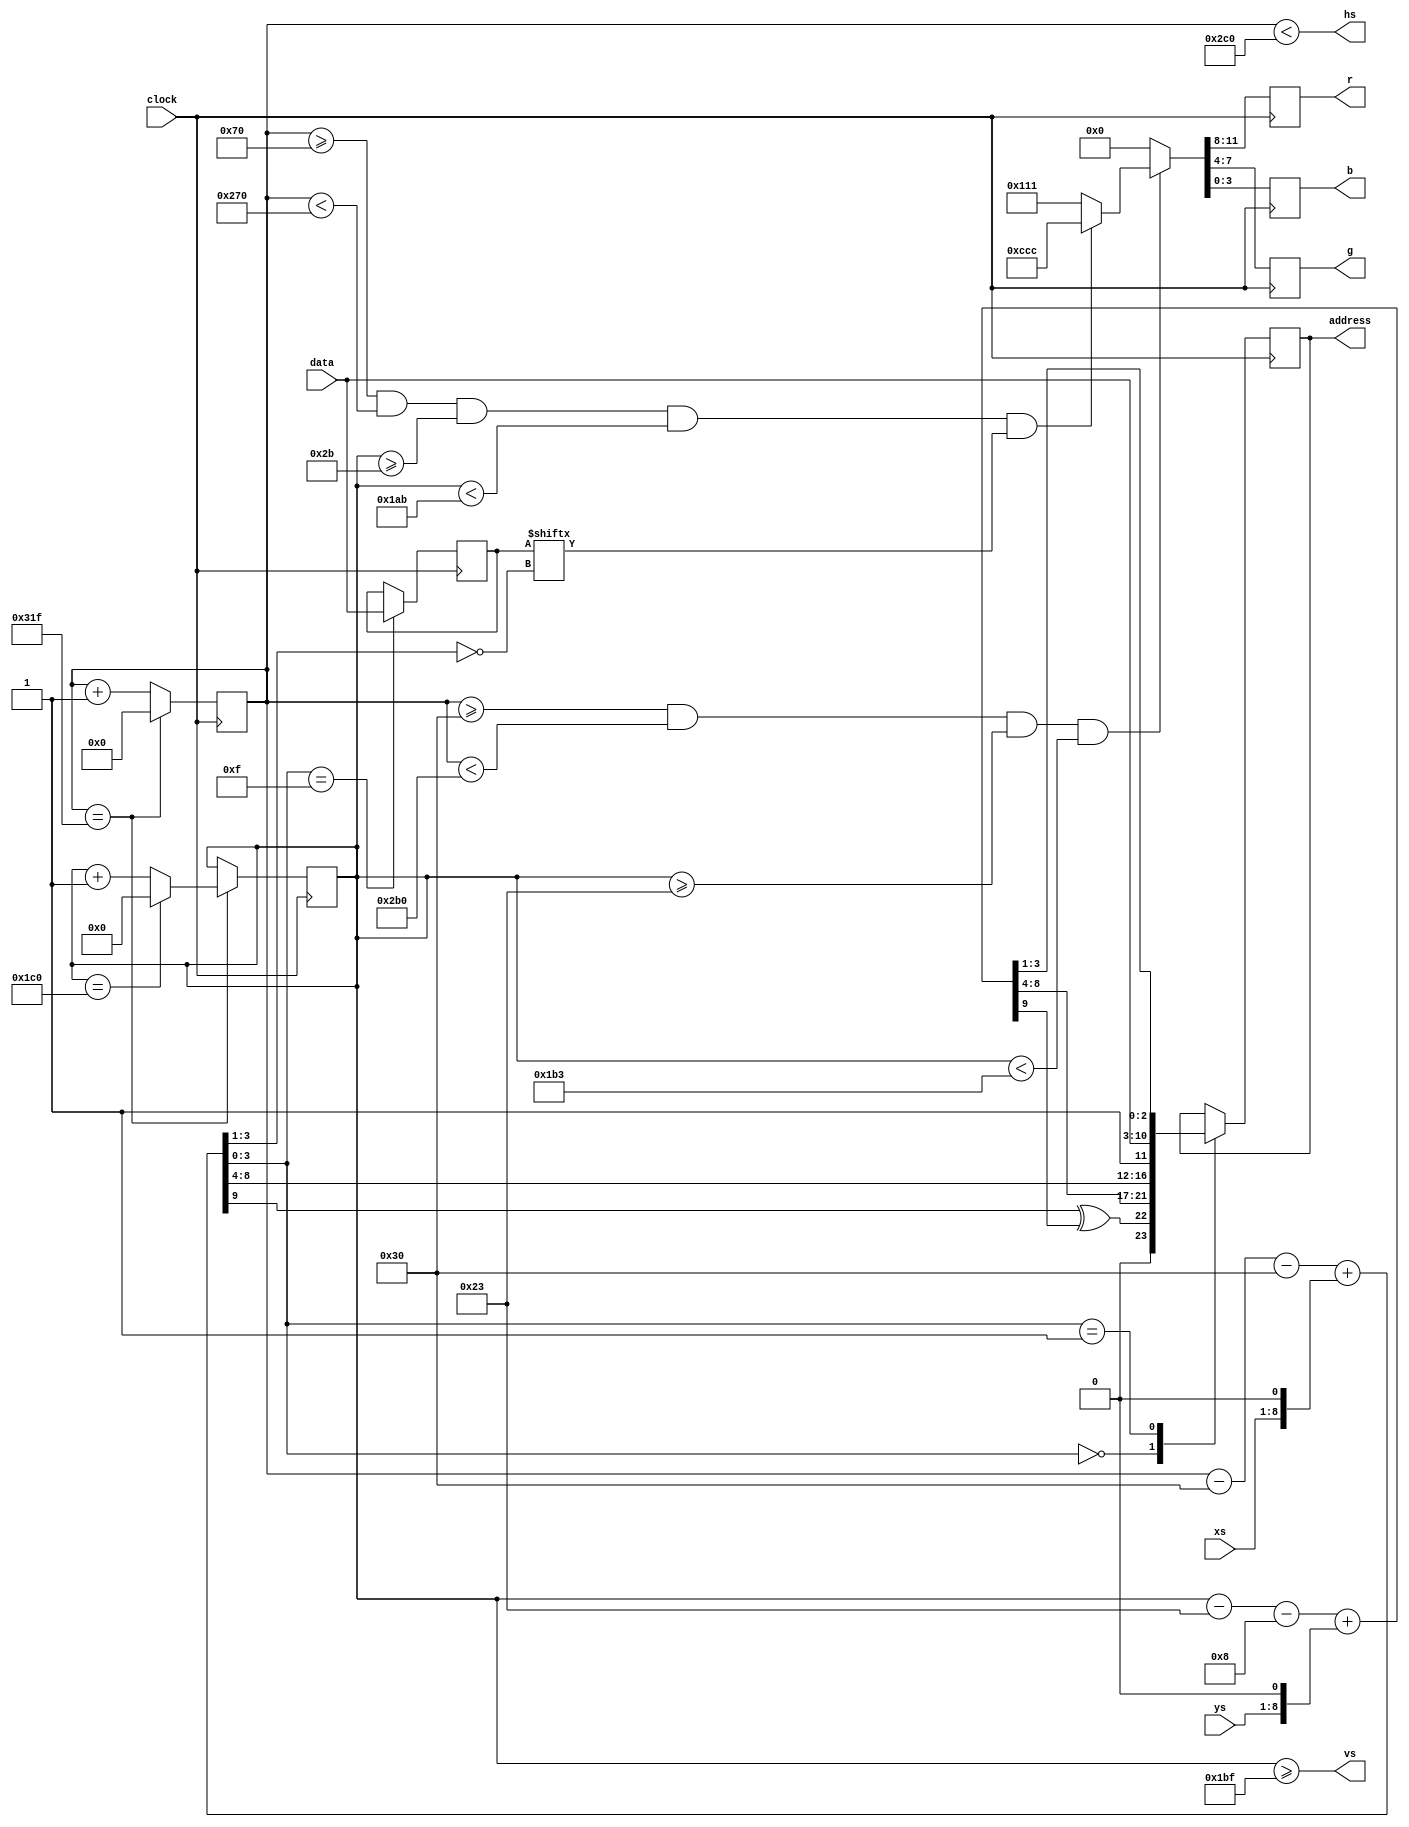
module ga
(
    // Физический интерфейс
    input               clock,
    output  reg [3:0]   r,
    output  reg [3:0]   g,
    output  reg [3:0]   b,
    output              hs,
    output              vs,
    input       [ 7:0]  xs,         // Скролл по X
    input       [ 7:0]  ys,         // Скролл по Y
    output  reg [11:0]  address,
    input       [ 7:0]  data        // Данные
);

// ---------------------------------------------------------------------
// Тайминги для горизонтальной|вертикальной развертки (640x400)
// ---------------------------------------------------------------------
parameter
    hz_visible = 640, vt_visible = 400,
    hz_front   = 16,  vt_front   = 12,
    hz_sync    = 96,  vt_sync    = 2,
    hz_back    = 48,  vt_back    = 35,
    hz_whole   = 800, vt_whole   = 449;
// ---------------------------------------------------------------------
assign hs = x  < (hz_back + hz_visible + hz_front); // NEG.
assign vs = y >= (vt_back + vt_visible + vt_front); // POS.
// ---------------------------------------------------------------------
wire   xmax  = (x == hz_whole - 1);
wire   ymax  = (y == vt_whole - 1);
wire   shown =  x >= hz_back && x < hz_visible + hz_back &&
                y >= vt_back && y < vt_visible + vt_back;
wire   paper = (x >= hz_back + 64) && (x < hz_back + 64 + 512) &&
               (y >= vt_back +  8) && (y < vt_back +  8 + 384);
// ---------------------------------------------------------------------
// Регистры
// ---------------------------------------------------------------------
reg  [ 9:0] x    = 1'b0;
reg  [ 8:0] y    = 1'b0;
reg  [ 7:0] mask;
// ---------------------------------------------------------------------
wire [ 9:0] X    = (x - hz_back - 48) + (xs << 1);
wire [ 9:0] Y    = (y - vt_back -  8) + (ys << 1);
wire        K    = X[9] ^ Y[9];
// ---------------------------------------------------------------------

// Вывод видеосигнала
always @(posedge clock) begin

    {r, g, b} <= 12'h000;

    // Кадровая развертка
    x <= xmax ?         0 : x + 1;
    y <= xmax ? (ymax ? 0 : y + 1) : y;

    // Вывод окна видеоадаптера
    if (shown) {r, g, b} <= paper & mask[ ~X[3:1] ] ? 12'hCCC : 12'h111;

    // Считывание символа
    case (X[3:0])

    4'h0: begin address <= {2'b0,  K, Y[8:4], X[8:4]}; end
    4'h1: begin address <= {2'b11, data[7:0], Y[3:1]}; end
    4'hF: begin mask    <= data; end

    endcase

end

endmodule